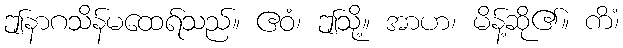
ဤနာဂသိန်မထေရ်သည်။ ဧဝံ၊ ဤသို့။ အာဟ၊ မိန့်ဆို၏။ ကိံ၊